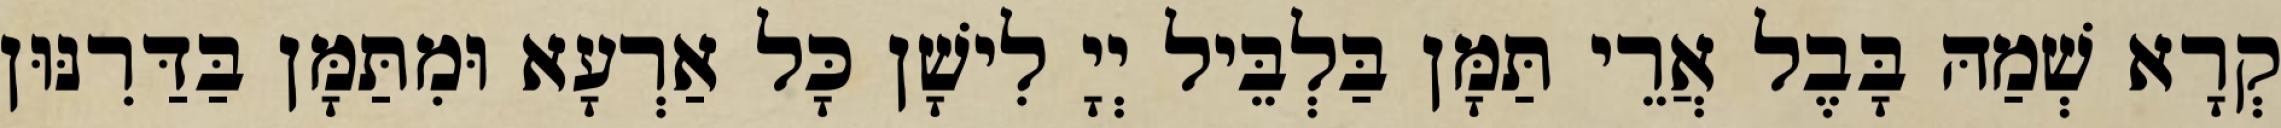
קְרָא שְׁמַהּ בָּבֶל אֲרֵי תַּמָּן בַּלְבֵּיל יְיָ לִישָׁן כָּל אַרְעָא וּמִתַּמָּן בַּדַּרִנּוּן